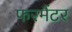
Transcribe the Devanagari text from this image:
फरमैंटर